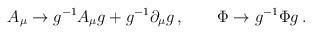
LaTeX: \begin{align*}A_{\mu} \to g^{-1} A_{\mu} g + g^{-1} \partial_{\mu} g\,,\qquad \Phi \to g^{-1} \Phi g\,. \end{align*}